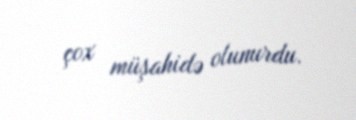
çox müşahidə olunurdu.